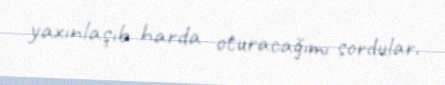
yaxınlaşıb harda oturacağımı sordular.